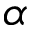
\alpha